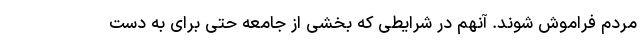
مردم فراموش شوند. آنهم در شرایطی که بخشی از جامعه حتی برای به دست